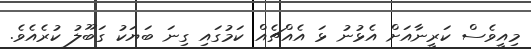
މިއީވެސް ކަރީނާއަށް އެޅުނު ޅަ އެއްޗެއް ކަމުގައި ގިނަ ބަޔަކު ގަބޫލު ކުރެއެވެ.